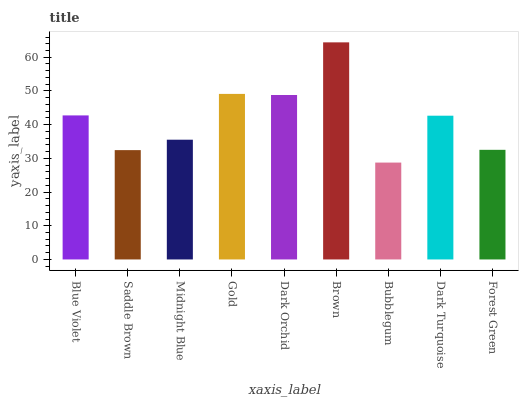
| xaxis_label | bars |
 | --- | --- |
 | Blue Violet | 42.7 |
 | Saddle Brown | 32.4 |
 | Midnight Blue | 35.5 |
 | Gold | 49.1 |
 | Dark Orchid | 48.8 |
 | Brown | 64.4 |
 | Bubblegum | 28.7 |
 | Dark Turquoise | 42.7 |
 | Forest Green | 32.5 |